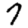
Digit: 7